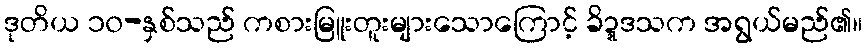
ဒုတိယ ၁၀-နှစ်သည် ကစားမြူးတူးများသောကြောင့် ခိဍ္ဍဒသက အရွယ်မည်၏။